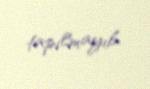
tapılmayıb.